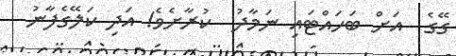
ގޭގެ  އަށް ބަހައްޓައި ނަމާދު  ކުރާށެވެ! އަދި ކަލޭގެފާނު